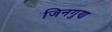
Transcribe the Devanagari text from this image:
जिनगुण